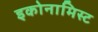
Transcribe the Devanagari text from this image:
इकोनामिस्ट